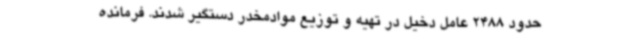
حدود 2488 عامل دخیل در تهیه و توزیع موادمخدر دستگیر شدند. فرمانده